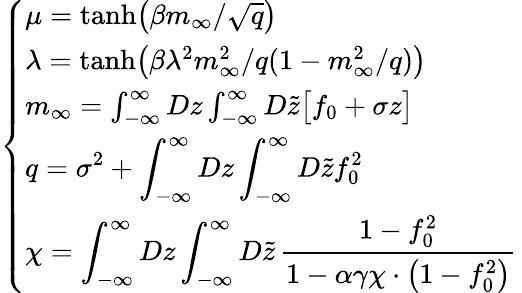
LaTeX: \left\{ \begin{array}{l}{\displaystyle\mu=\mathrm{tanh}\big(\beta m_{\infty}/\sqrt{q}\big)}\\ {\lambda=\mathrm{tanh}\big(\beta\lambda^{2}m_{\infty}^{2}/q(1-m_{\infty}^{2}/q)\big)}\\ {m_{\infty}=\int_{-\infty}^{\infty}Dz\int_{-\infty}^{\infty}D\tilde{z}\big[f_{0}+\sigma z\big]}\\ {\displaystyle q=\sigma^{2}+\int_{-\infty}^{\infty}Dz\int_{-\infty}^{\infty}D\tilde{z}f_{0}^{2}}\\ {\chi=\displaystyle\int_{-\infty}^{\infty}Dz\int_{-\infty}^{\infty}D\tilde{z}\, \frac{1-f_{0}^{2}}{1-\alpha\gamma\chi\cdot\big(1-f_{0}^{2}\big)}}\end{array}\right.\,